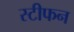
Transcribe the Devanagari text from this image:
स्टीफन